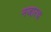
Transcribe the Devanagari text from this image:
नजारथ